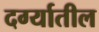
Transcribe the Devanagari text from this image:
दर्ग्यातील